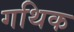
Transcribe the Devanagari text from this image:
गथिक